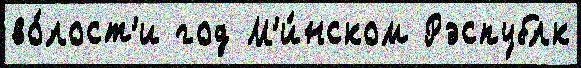
во́лост'и год М'и́нском Рэспублк